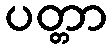
ပတ္တာ